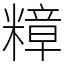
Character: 𮵽